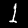
Label: 1